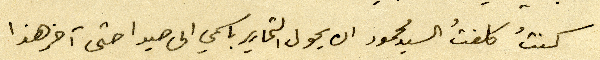
كنتُ كلفتُ السيد محمود ان يحول التحارير باسمي الى صيدا حتى اخر هذا